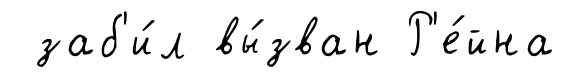
заб'и́л вы́зван Р'е́йна